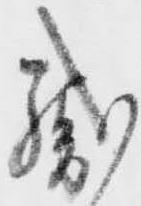
織